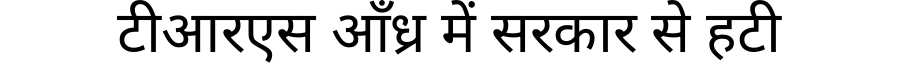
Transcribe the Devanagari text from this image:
टीआरएस आँध्र में सरकार से हटी